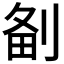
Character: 𠝘